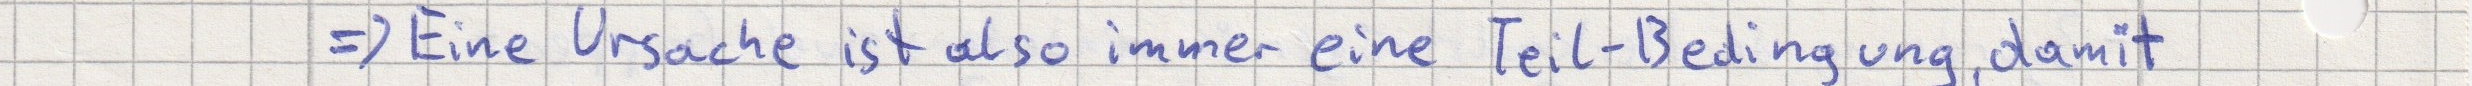
=> Eine Ursache ist also immer eine Teil-Bedingung, damit